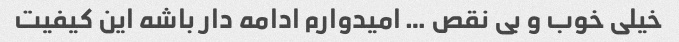
خیلی خوب و بی نقص … امیدوارم ادامه دار باشه این کیفیت